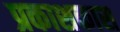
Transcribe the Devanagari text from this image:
प्रकाशकास